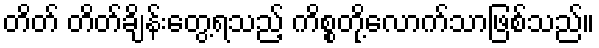
တိတ် တိတ်ချိန်းတွေ့ရသည့် ကိစ္စတို့လောက်သာဖြစ်သည်။